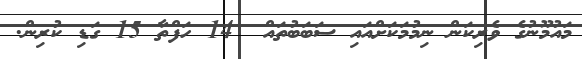
މައުމޫނުގެ ވެރިކަން ނިމުމަކަށްއައި ސަބަބުތައް  14 ހަފްތާ 15 ގަޑި ކުރިން.